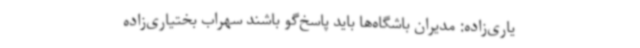
یاری‌زاده: مدیران باشگاه‌ها باید پاسخ‌گو باشند سهراب بختیاری‌زاده